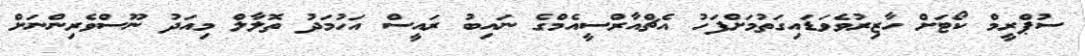
ސުޕްރީމް ކޯޓަށް ހާޒިރުވެވަޑައިގަތުމަށްފަހު އެޗްއާރްސީއެމްގެ ނައިބު ރައީސް އަހުމަދު ތޮލާލް މިއަދު ނޫސްވެރިންނަށް